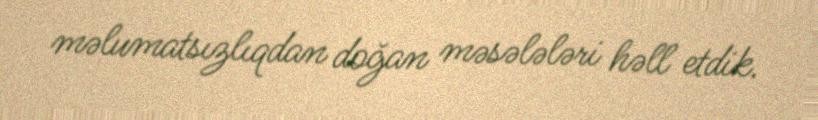
məlumatsızlıqdan doğan məsələləri həll etdik.